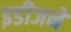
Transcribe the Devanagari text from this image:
इडीजने